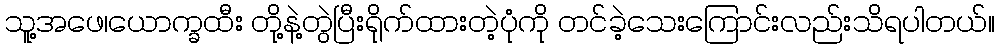
သူ့အဖေ၊ယောက္ခထီး တို့နဲ့တွဲပြီးရိုက်ထားတဲ့ပုံကို တင်ခဲ့သေးကြောင်းလည်းသိရပါတယ်။